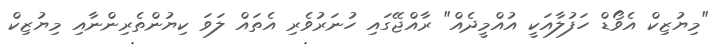
"މިޔުޒިކް އެވޯޑް ހަފުލާއަކީ އުއްމީދެއް" ރާއްޖޭގައި ހުނަރުވެރި އެތައް ލަވަ ކިޔުންތެރިންނާއި މިޔުޒިކް